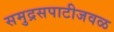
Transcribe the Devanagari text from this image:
समुद्रसपाटीजवळ